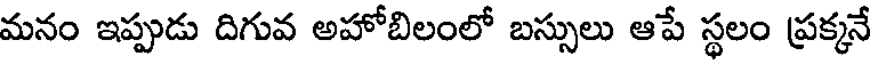
మనం ఇప్పుడు దిగువ అహోబిలంలో బస్సులు ఆపే స్థలం ప్రక్కనే